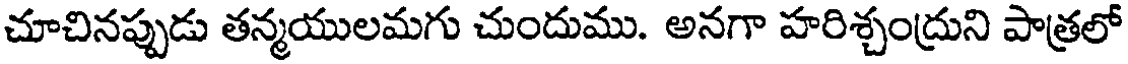
చూచినప్పుడు తన్మయులమగు చుందుము. అనగా హరిశ్చంద్రుని పాత్రలో